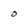
Character: 0